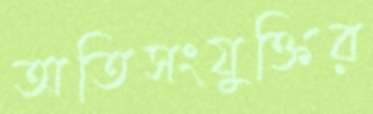
অতিসংযুক্তির